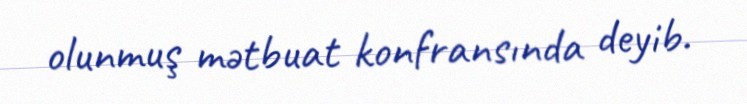
olunmuş mətbuat konfransında deyib.